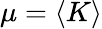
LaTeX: \mu=\langle K\rangle